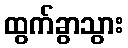
ထွက်ခွာသွား